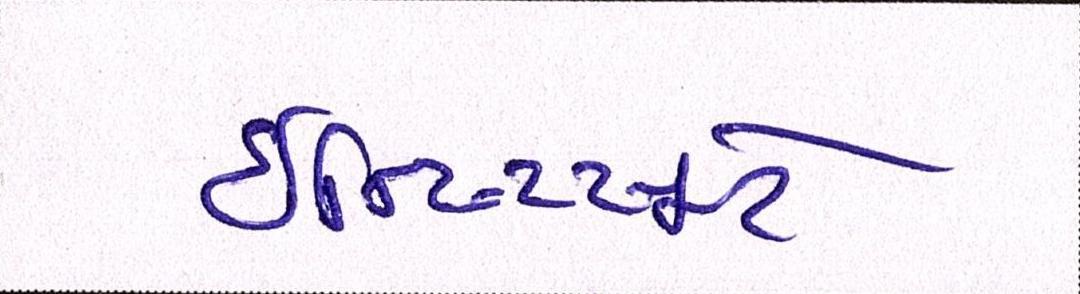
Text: ઇન્સ્ટિટ્યૂટે